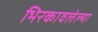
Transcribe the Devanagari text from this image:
भिरकावलेल्या